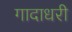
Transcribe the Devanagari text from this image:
गादाधरी